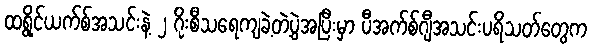
ထရွိုင်ယက်စ်အသင်းနဲ့ ၂ ဂိုးစီသရေကျခဲ့တဲ့ပွဲအပြီးမှာ ပီအက်စ်ဂျီအသင်းပရိသတ်တွေက